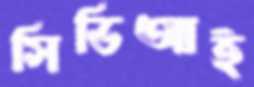
সিডিআই